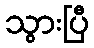
သွားပြီ